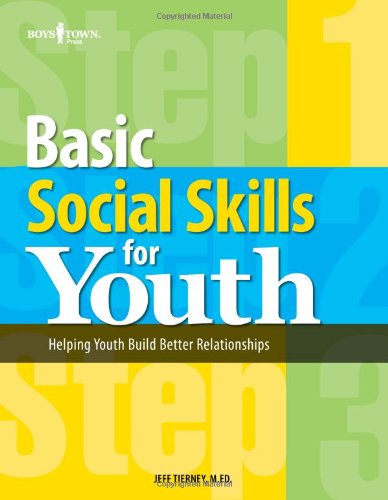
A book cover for Basic Social Skills for Youth: A Handbook from Boys Town; Father Flanagan's Boys' Home Staff; Parenting & Relationships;